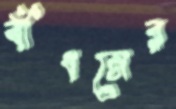
বাঁধনের